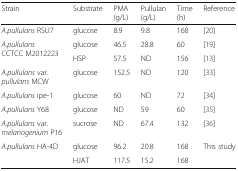
<table><thead><tr><td><b>Strain</b></td><td><b>Substrate</b></td><td><b>PMA(g/L)</b></td><td><b>Pullulan(g/L)</b></td><td><b>Time(h)</b></td><td><b>Reference</b></td></tr></thead><tbody><tr><td><i>A.pullulans</i> RSU7</td><td>glucose</td><td>8.9</td><td>9.8</td><td>168</td><td>[20]</td></tr><tr><td rowspan="2"><i>A.pullulans</i>CCTCC M2012223</td><td>glucose</td><td>46.5</td><td>28.8</td><td>60</td><td>[19]</td></tr><tr><td>HSP</td><td>57.5</td><td>ND</td><td>156</td><td>[13]</td></tr><tr><td><i>A.pullulans</i> var.<i>pullulans</i> MCW</td><td>glucose</td><td>152.5</td><td>ND</td><td>120</td><td>[33]</td></tr><tr><td><i>A.pullulans</i> ipe-1</td><td>glucose</td><td>60</td><td>ND</td><td>72</td><td>[34]</td></tr><tr><td><i>A.pullulans</i> Y68</td><td>glucose</td><td>ND</td><td>59</td><td>60</td><td>[35]</td></tr><tr><td><i>A.pullulans</i> var.<i>melanogenium</i> P16</td><td>sucrose</td><td>ND</td><td>67.4</td><td>132</td><td>[36]</td></tr><tr><td rowspan="2"><i>A.pullulans</i> HA-4D</td><td>glucose</td><td>96.2</td><td>20.8</td><td>168</td><td rowspan="2">This study</td></tr><tr><td>HJAT</td><td>117.5</td><td>15.2</td><td>168</td></tr></tbody></table>